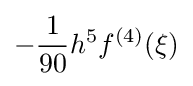
-{\frac {1}{90}}h^{5}f^{(4)}(\xi )